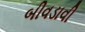
બીવડાવી